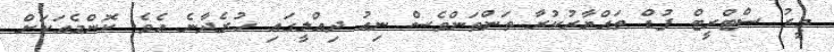
މީރު ސްޓްރީޓް ފުޑް ތައްޔާރުކުރާ ތަންތަންވެސް ނިއު ދިއްލީގައި ހުރެދާނެ އެވެ. ކޮންމެއަކަށް